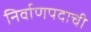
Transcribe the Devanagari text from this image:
निर्वाणपदाची